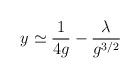
\begin{align*}y \simeq \frac{1}{4g} - \frac{\lambda}{g^{3/2}}\end{align*}